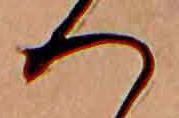
へ